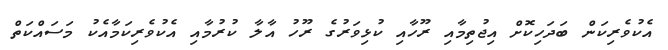
އެކުވެރިކަން ބަދަހިކޮށް އިޖުތިމާއި ރޫހާއި ކުޅިވަރުގެ ރޫހު އާލާ ކުރުމާއި އެކުވެރިކަމާއެކު މަސައްކަތް